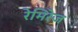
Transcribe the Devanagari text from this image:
रेमिरेज